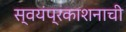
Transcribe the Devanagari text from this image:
स्वयंप्रकाशनाची